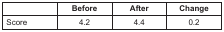
|  | Before | After | Change |
 | --- | --- | --- | --- |
 | Score | 4.2 | 4.4 | 0.2 |